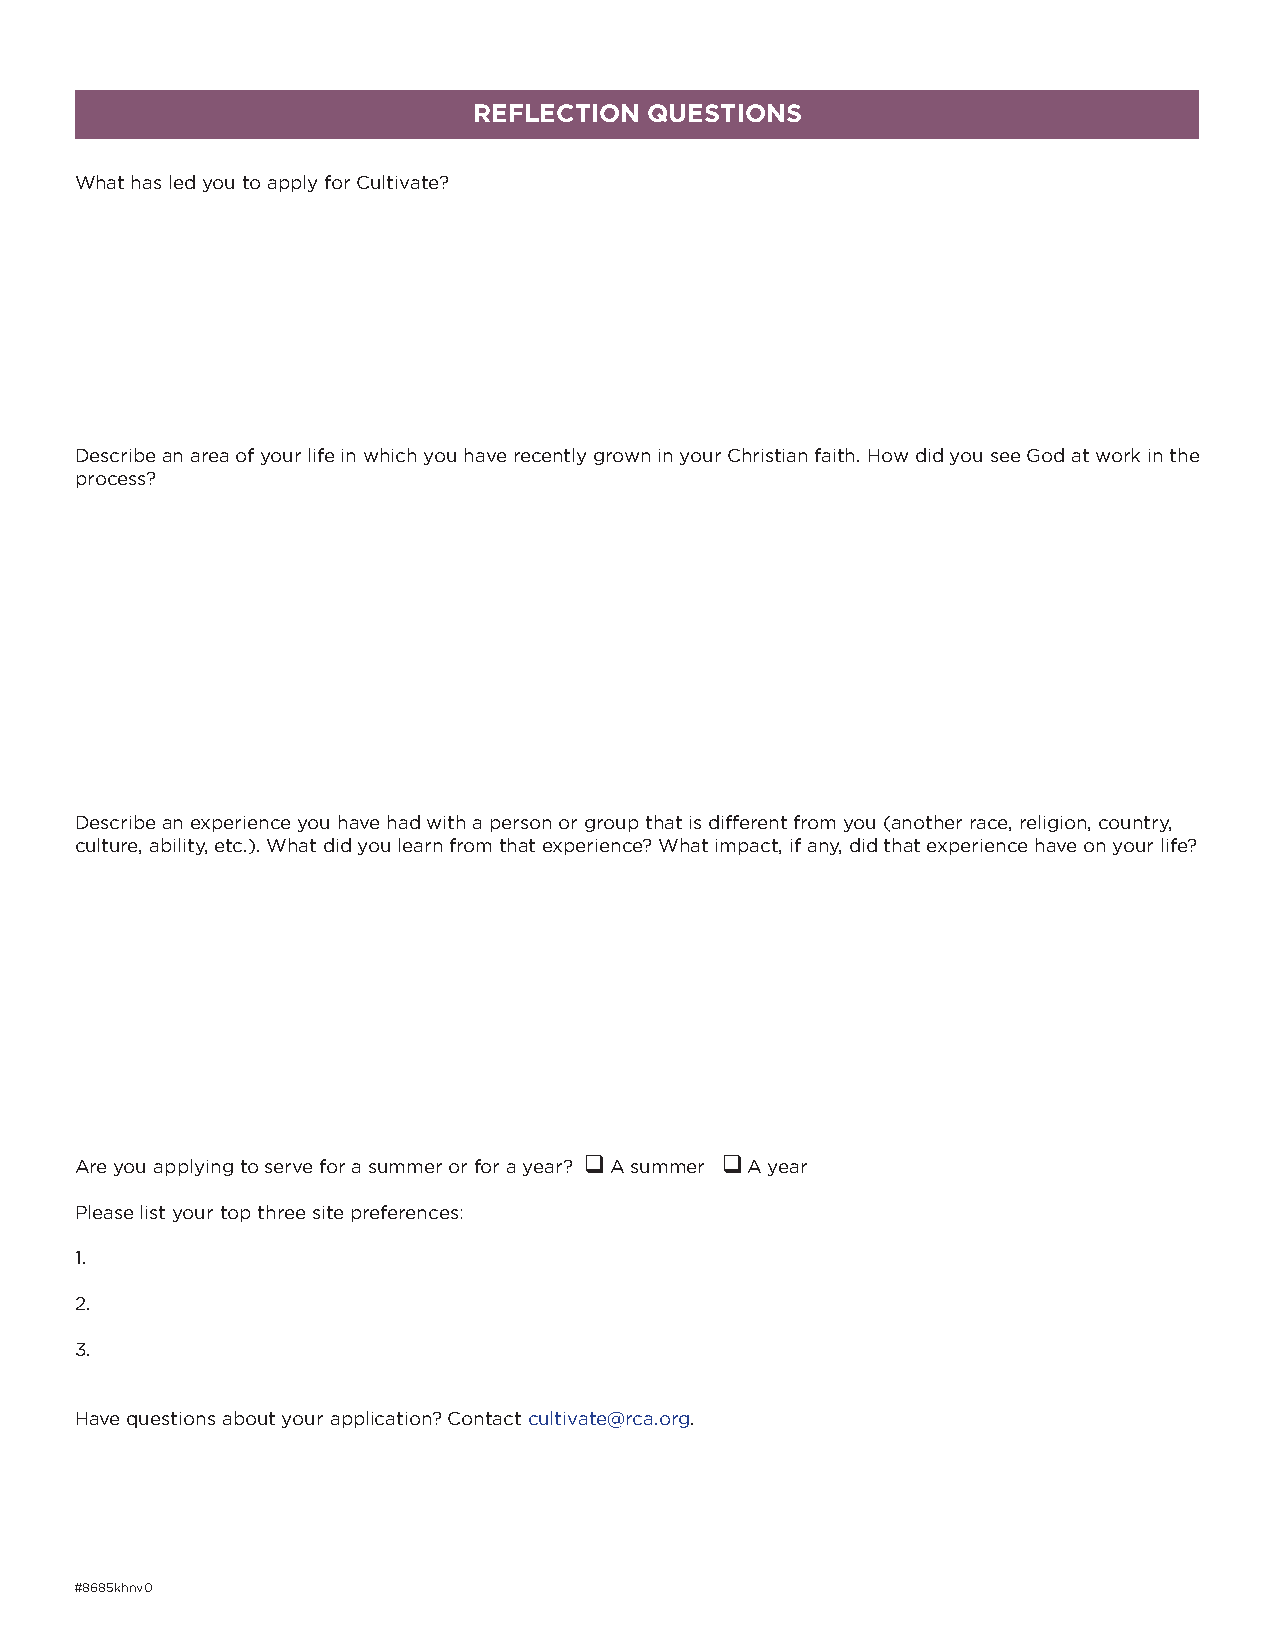
REFLECTION  QUESTIONS
 What has led you to apply for Cultivate?
 Describe an area of your life in which you have recently grown in your Christian faith. How did you see God at work in the
 process?
 Describe an experience you have had with a person or group that is different from you (another race, religion, country,
 culture, ability, etc.). What did you learn from that experience? What impact, if any, did that experience have on your life?
 q        q
 Are you applying to serve for a summer or for a year? A summer A year
 Please list your top three site preferences:
 1.
 2.
 3.
 Have questions about your application? Contact cultivate@rca.org.
 #8685khnv0